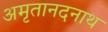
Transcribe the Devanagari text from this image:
अमृतानदनाथ